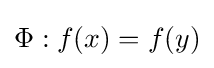
\Phi :f(x)=f(y)